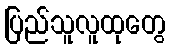
ပြည်သူလူထုတွေ